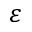
\varepsilon